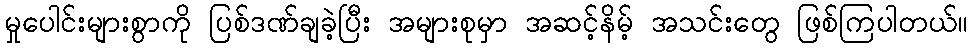
မှုပေါင်းများစွာကို ပြစ်ဒဏ်ချခဲ့ပြီး အများစုမှာ အဆင့်နိမ့် အသင်းတွေ ဖြစ်ကြပါတယ်။